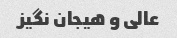
عالی و هیجان نگیز